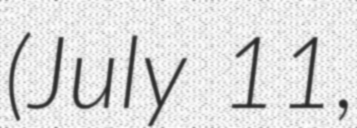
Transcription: (July 11,